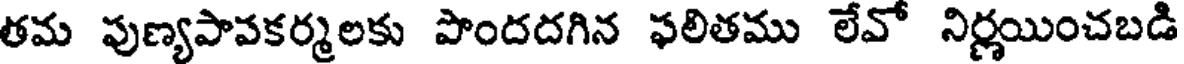
తమ పుణ్యపావకర్మలకు పొందదగిన ఫలితము లేవో నిర్ణయించబడి